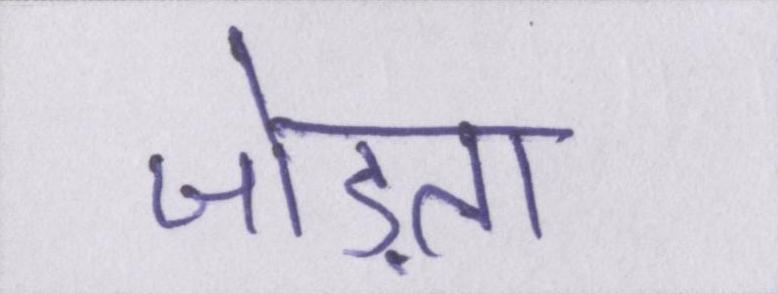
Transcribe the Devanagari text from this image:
जोड़ता